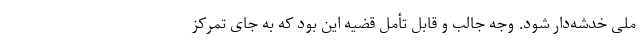
ملی خدشه‌دار شود. وجه جالب و قابل تأمل قضیه این بود که به جای تمرکز